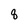
Character: 8